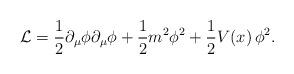
LaTeX: \begin{align*}{\cal L}=\frac{1}{2} \partial_\mu \phi \partial_\mu \phi + \frac{1}{2}m^2 \phi^2 +\frac{1}{2} V(x)\, \phi^2. \end{align*}